Annual report of the Imperial Bacteriological Laboratory, Muktesar
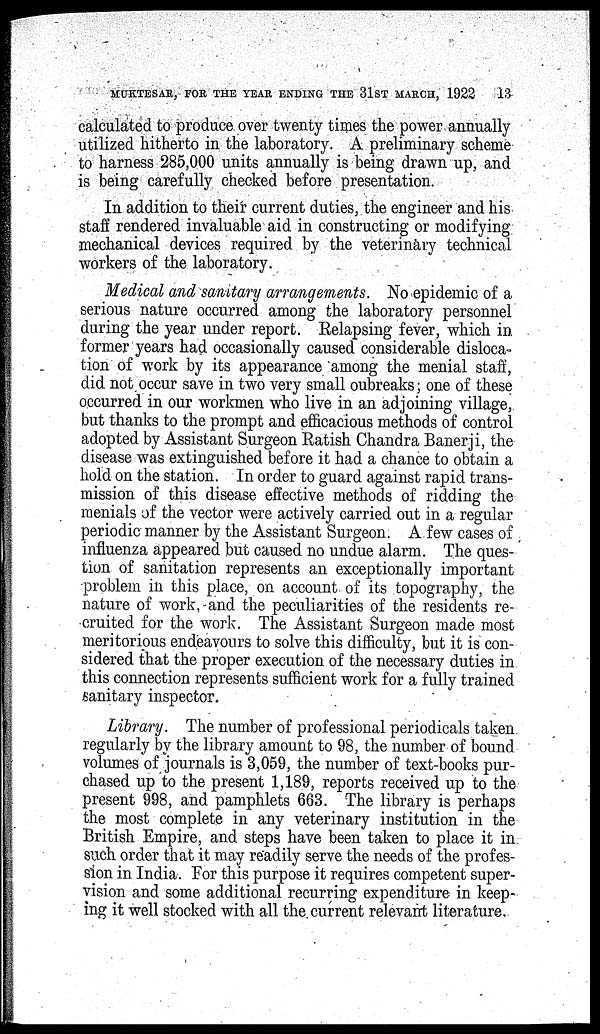
MUKTESAR, FOR THE YEAR ENDING THE 31ST MARCH, 1922
13
calculated to produce over twenty times the power annually
utilized hitherto in the laboratory. A preliminary scheme
to harness 285,000 units annually is being drawn up, and
is being carefully checked before presentation.
In addition to their current duties, the engineer and his
staff rendered invaluable aid in constructing or modifying
mechanical devices required by the veterinary technical
workers of the laboratory.
Medical and sanitary arrangements. No epidemic of a
serious nature occurred among the laboratory personnel
during the year under report. Relapsing fever, which in
former years had occasionally caused considerable disloca-
tion of work by its appearance among the menial staff,
did not occur save in two very small oubreaks ; one of these
occurred in our workmen who live in an adjoining village,
but thanks to the prompt and efficacious methods of control
adopted by Assistant Surgeon Ratish Chandra Banerji, the
disease was extinguished before it had a chance to obtain a
hold on the station. In order to guard against rapid trans-
mission of this disease effective methods of ridding the
menials of the vector were actively carried out in a regular
periodic manner by the Assistant Surgeon. A few cases of
influenza appeared but caused no undue alarm. The ques-
tion of sanitation represents an exceptionally important
problem in this place, on account of its topography, the
nature of work, and the peculiarities of the residents re-
cruited for the work. The Assistant Surgeon made most
meritorious endeavours to solve this difficulty, but it is con-
sidered that the proper execution of the necessary duties in
this connection represents sufficient work for a fully trained
sanitary inspector.
Library. The number of professional periodicals taken
regularly by the library amount to 98, the number of bound
volumes of journals is 3,059, the number of text-books pur-
chased up to the present 1,189, reports received up to the
present 998, and pamphlets 663. The library is perhaps
the most complete in any veterinary institution in the
British Empire, and steps have been taken to place it in
such order that it may readily serve the needs of the profes-
sion in India. For this purpose it requires competent super-
vision and some additional recurring expenditure in keep-
ing it well stocked with all the current relevant literature.